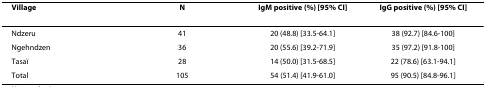
| Village | N | IgM positive (%) [95% CI] | IgG positive (%) [95% CI] |
 | --- | --- | --- | --- |
 | Ndzeru | 41 | 20 (48.8) [33.5-64.1] | 38 (92.7) [84.6-100] |
 | Ngehndzen | 36 | 20 (55.6) [39.2-71.9] | 35 (97.2) [91.8-100] |
 | Tasaï | 28 | 14 (50.0) [31.5-68.5] | 22 (78.6) [63.1-94.1] |
 | Total | 105 | 54 (51.4) [41.9-61.0] | 95 (90.5) [84.8-96.1] |